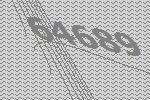
64689